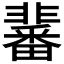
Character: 𩈀